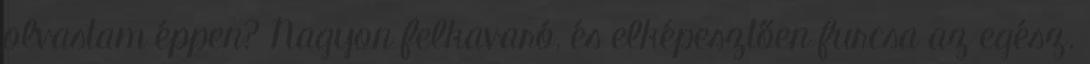
olvastam éppen? Nagyon felkavaró, és elképesztően furcsa az egész.